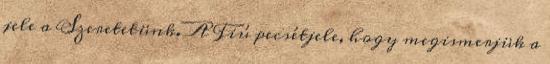
jele a Szeretetünk. A Fiú pecsétjele, hogy megismerjük a